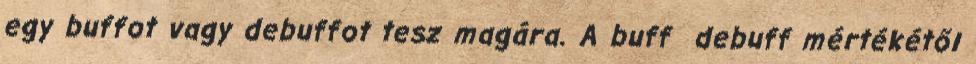
egy buffot vagy debuffot tesz magára. A buff debuff mértékétől